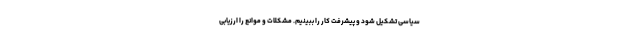
سیاسی تشکیل شود و پیشرفت کار را ببینیم. مشکلات و موانع را ارزیابی